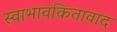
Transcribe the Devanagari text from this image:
स्वाभावकितावाद